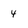
Character: 4